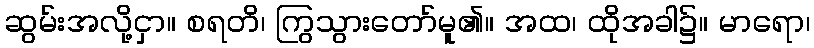
ဆွမ်းအလို့ငှာ။ စရတိ၊ ကြွသွားတော်မူ၏။ အထ၊ ထိုအခါ၌။ မာရော၊